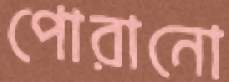
পোরানো